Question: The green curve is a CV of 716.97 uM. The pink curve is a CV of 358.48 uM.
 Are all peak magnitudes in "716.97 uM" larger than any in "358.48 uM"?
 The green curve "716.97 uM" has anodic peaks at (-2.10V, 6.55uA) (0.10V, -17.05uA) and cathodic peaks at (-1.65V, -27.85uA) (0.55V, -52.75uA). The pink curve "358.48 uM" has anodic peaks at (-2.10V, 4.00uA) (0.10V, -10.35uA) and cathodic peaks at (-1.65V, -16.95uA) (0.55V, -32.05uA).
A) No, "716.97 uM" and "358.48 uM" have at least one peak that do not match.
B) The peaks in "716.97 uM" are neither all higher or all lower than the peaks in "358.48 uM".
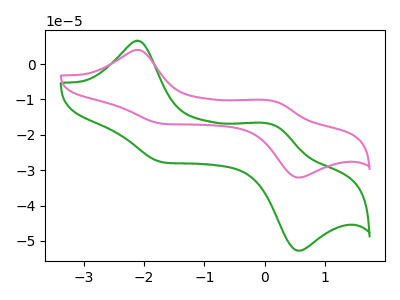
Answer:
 <answer>B) The peaks in "716.97 uM" are neither all higher or all lower than the peaks in "358.48 uM".</answer>
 <eval>B</eval>